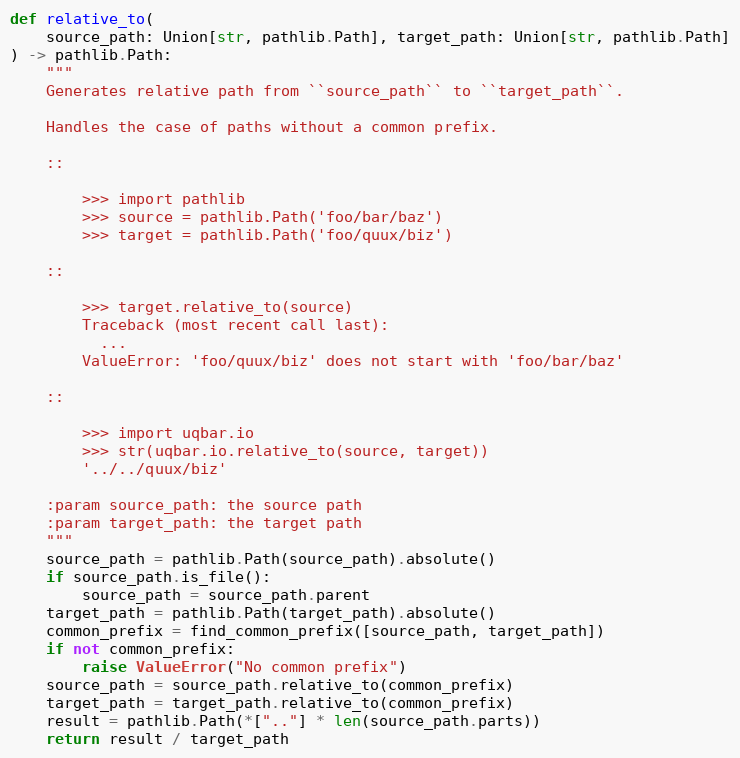
Language: Python
def relative_to(
    source_path: Union[str, pathlib.Path], target_path: Union[str, pathlib.Path]
) -> pathlib.Path:
    """
    Generates relative path from ``source_path`` to ``target_path``.

    Handles the case of paths without a common prefix.

    ::

        >>> import pathlib
        >>> source = pathlib.Path('foo/bar/baz')
        >>> target = pathlib.Path('foo/quux/biz')

    ::

        >>> target.relative_to(source)
        Traceback (most recent call last):
          ...
        ValueError: 'foo/quux/biz' does not start with 'foo/bar/baz'

    ::

        >>> import uqbar.io
        >>> str(uqbar.io.relative_to(source, target))
        '../../quux/biz'

    :param source_path: the source path
    :param target_path: the target path
    """
    source_path = pathlib.Path(source_path).absolute()
    if source_path.is_file():
        source_path = source_path.parent
    target_path = pathlib.Path(target_path).absolute()
    common_prefix = find_common_prefix([source_path, target_path])
    if not common_prefix:
        raise ValueError("No common prefix")
    source_path = source_path.relative_to(common_prefix)
    target_path = target_path.relative_to(common_prefix)
    result = pathlib.Path(*[".."] * len(source_path.parts))
    return result / target_path